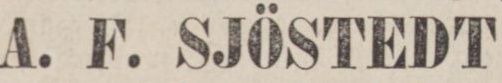
A. F. SJÖSTEDT